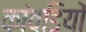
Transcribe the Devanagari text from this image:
कांवडियों